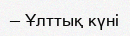
— Ұлттық күні